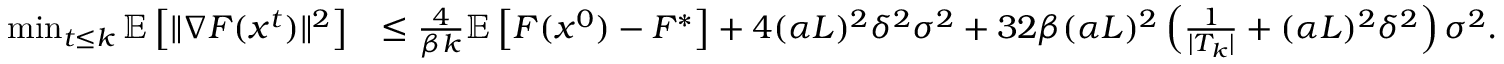
\begin{array} { r l } { \operatorname* { m i n } _ { t \le k } \mathbb { E } \left[ \| \nabla F ( x ^ { t } ) \| ^ { 2 } \right] } & { \le \frac { 4 } { \beta k } \mathbb { E } \left[ F ( x ^ { 0 } ) - F ^ { * } \right] + 4 ( \alpha L ) ^ { 2 } \delta ^ { 2 } \sigma ^ { 2 } + 3 2 \beta ( \alpha L ) ^ { 2 } \left( \frac { 1 } { | T _ { k } | } + ( \alpha L ) ^ { 2 } \delta ^ { 2 } \right) \sigma ^ { 2 } . } \end{array}